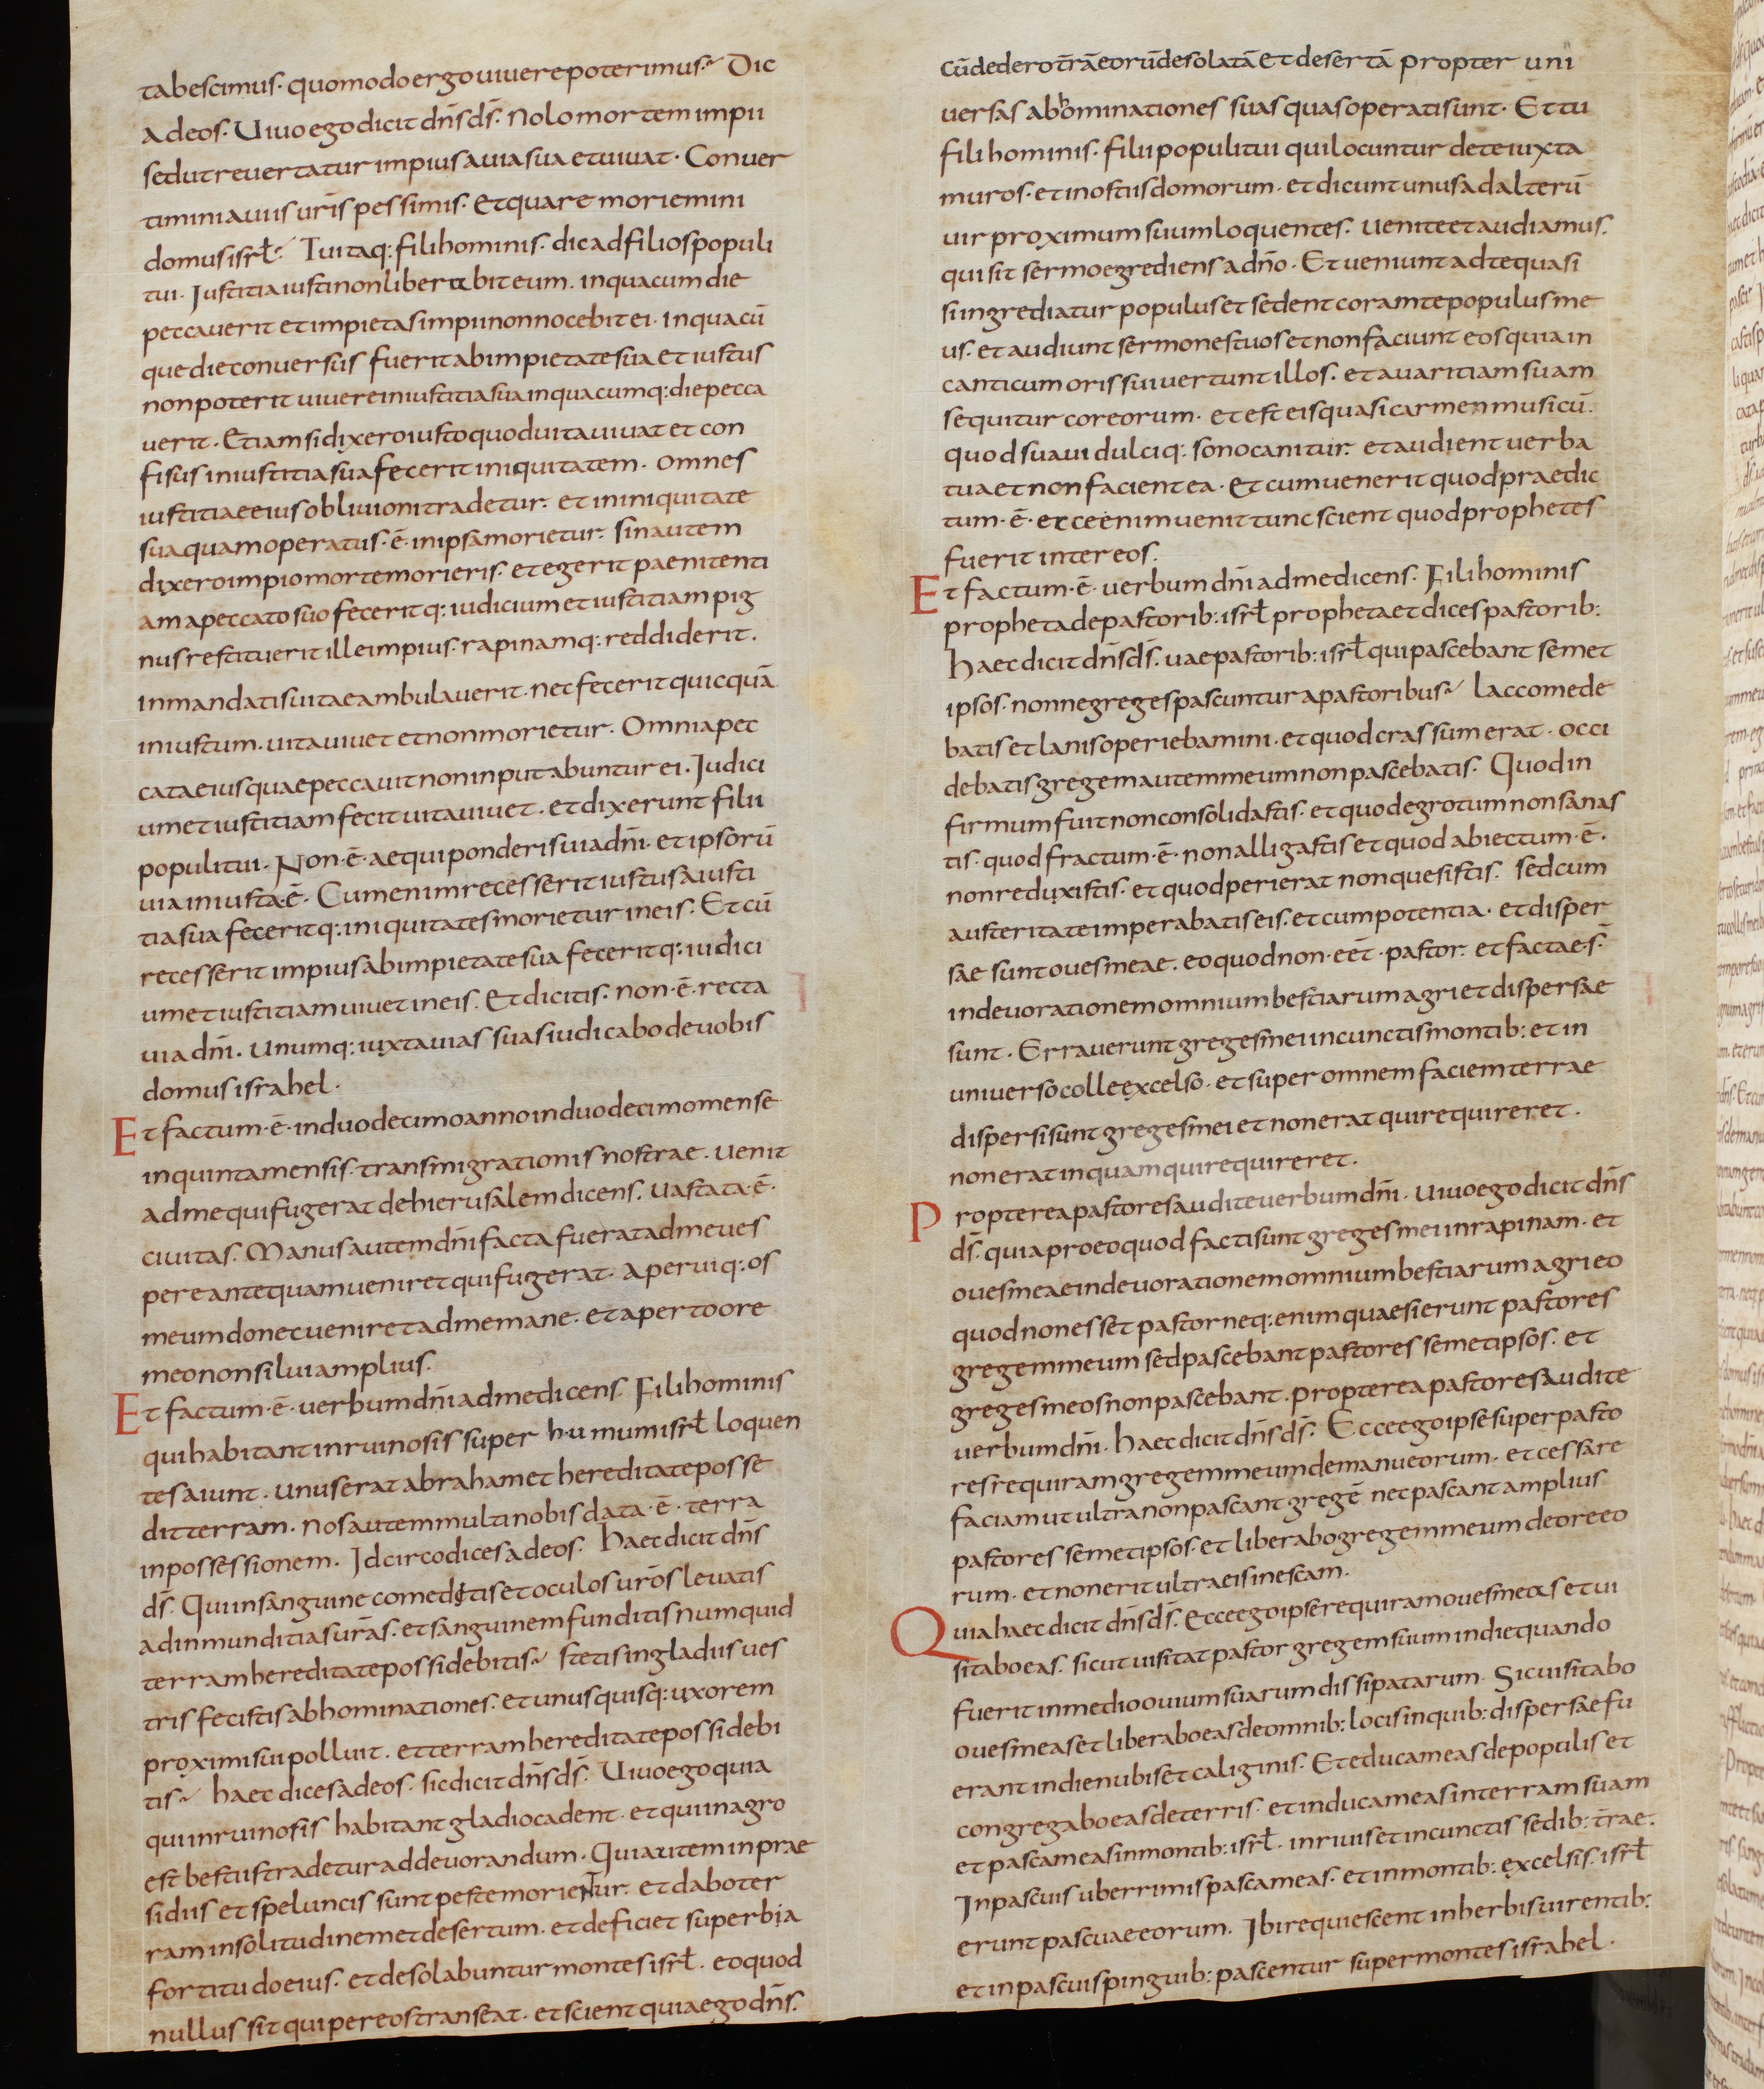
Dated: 805–845